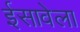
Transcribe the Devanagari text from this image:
ईसावेला